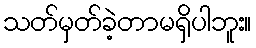
သတ်မှတ်ခဲ့တာမရှိပါဘူး။